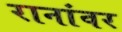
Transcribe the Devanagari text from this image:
रानांवर